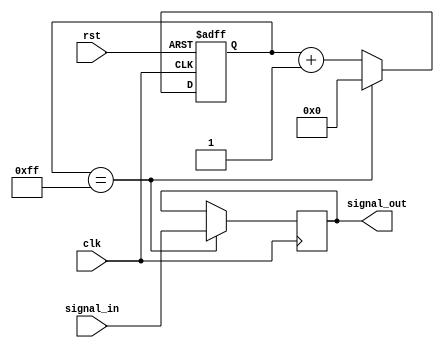
module rc_delay(
    input wire clk,
    input wire rst,
    input wire signal_in,
    output reg signal_out
);

reg [7:0] count;

always @(posedge clk or posedge rst) begin
    if (rst)
        count <= 0;
    else if (count == 8'd255)
        count <= 0;
    else
        count <= count + 1;
end

always @(posedge clk) begin
    if (count == 8'd255)
        signal_out <= signal_in;
end

endmodule